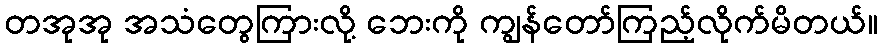
တအုအု အသံတွေကြားလို့ ဘေးကို ကျွန်တော်ကြည့်လိုက်မိတယ်။